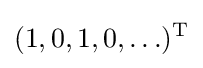
(1,0,1,0,\ldots )^{\text{T}}